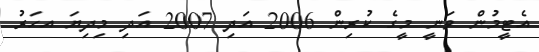
އެޓީމުން ވަނީ މީގެ ކުރިން 2006 އަދި 2007 އަދި މިދިޔަ އހަރު